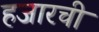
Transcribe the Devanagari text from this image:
हजारची